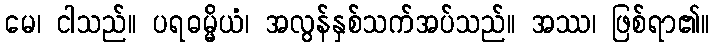
မေ၊ ငါသည်။ ပရဓမ္မိယံ၊ အလွန်နှစ်သက်အပ်သည်။ အဿ၊ ဖြစ်ရာ၏။